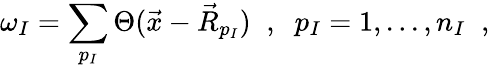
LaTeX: \omega_{I}=\sum_{p_{I}}\Theta(\vec{x}-\vec{R}_{p_{I}})\; \; ,\; \; p_{I}=1,...,n_{I}\; \; ,